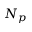
N _ { p }